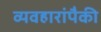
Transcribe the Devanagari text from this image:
व्यवहारांपैकी